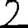
Digit: 2